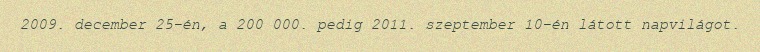
2009. december 25-én, a 200 000. pedig 2011. szeptember 10-én látott napvilágot.